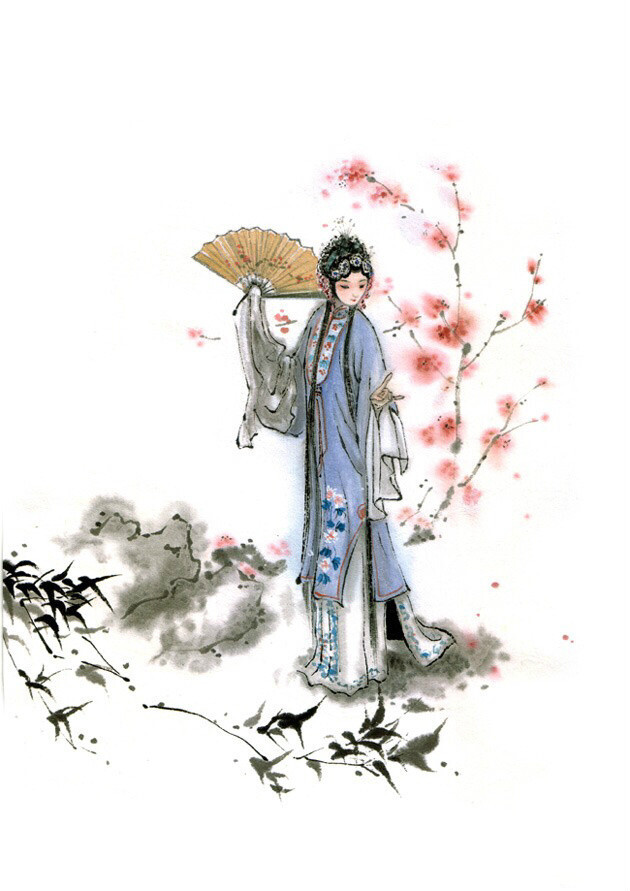
任宝奁尘满，日上帘钩。